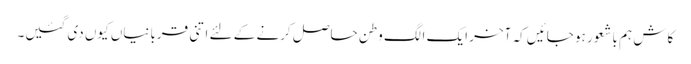
کاش ہم باشعور ہو جائیں کہ آخر ایک الگ وطن حاصل کرنے کے لئے اتنی قربانیاں کیوں دی گئیں۔